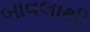
બાવલાથી